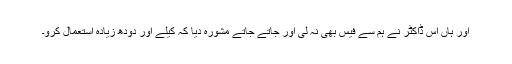
اور ہاں اس ڈاکٹر نے ہم سے فیس بھی نہ لی اور جاتے جاتے مشورہ دیا کہ کیلے اور دودھ زیادہ استعمال کرو۔